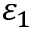
\varepsilon _ { 1 }